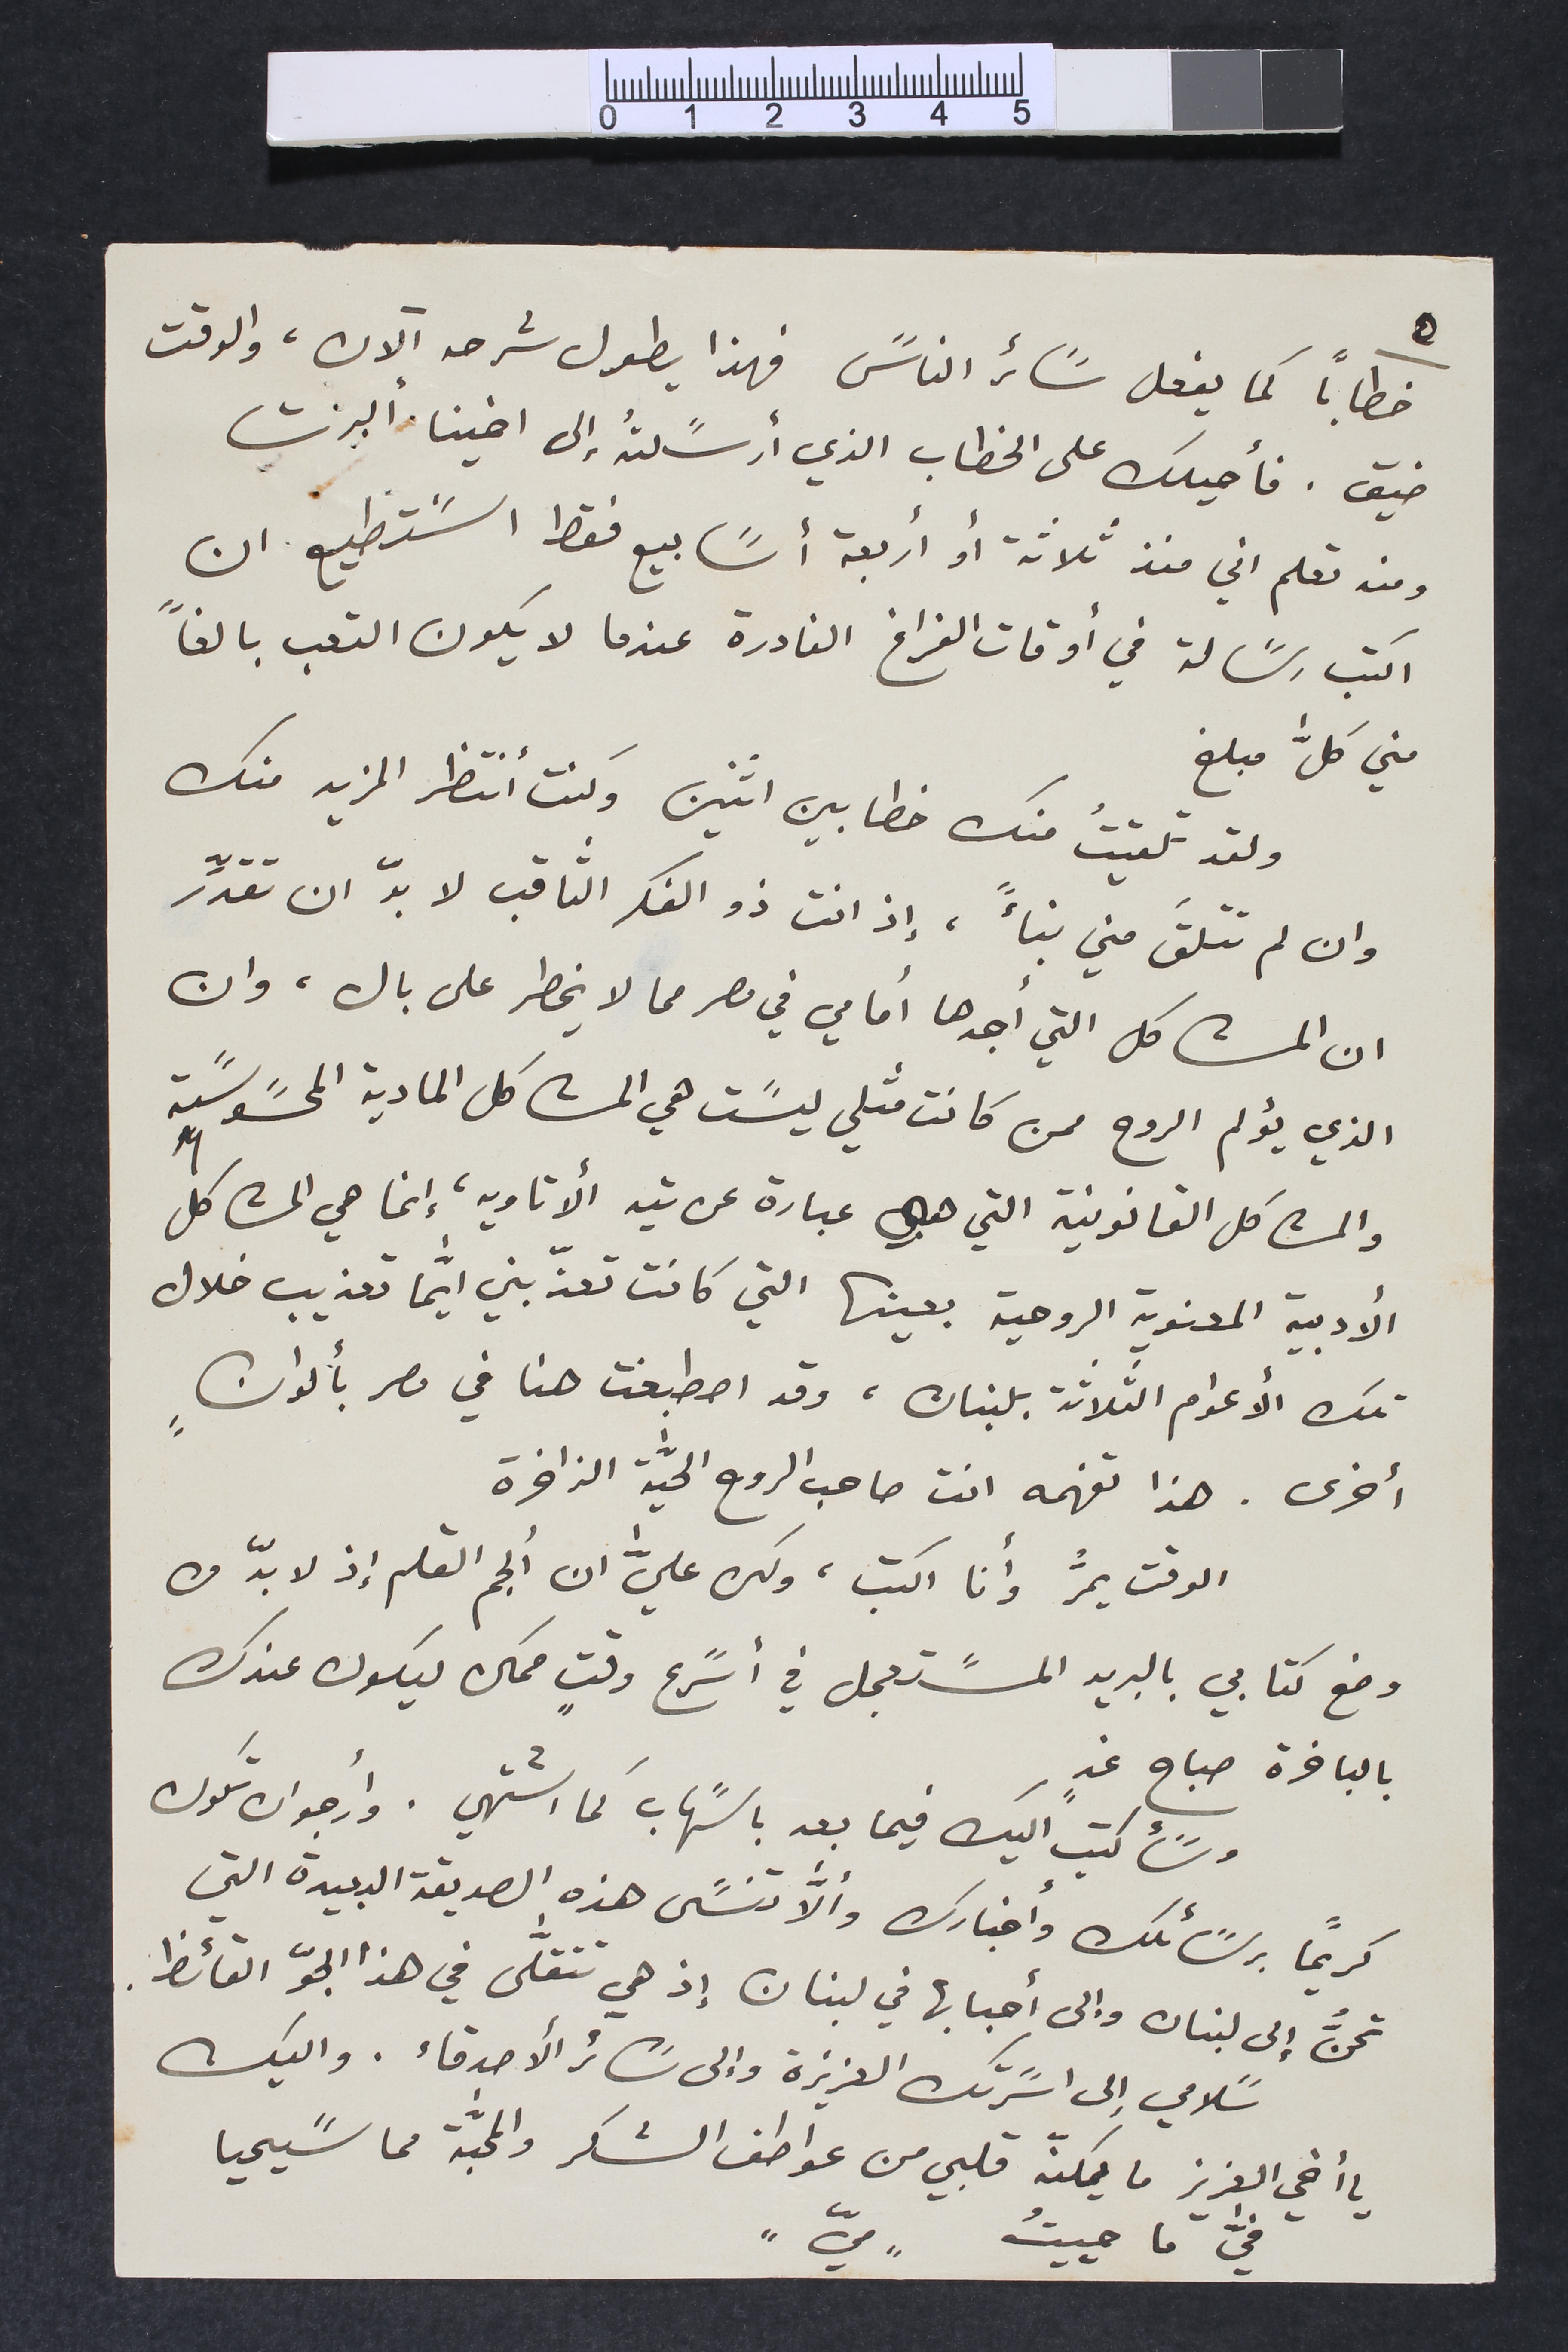
٥
خطاباً كما يفعل سًائر الناسً فهذا يطول شرحه الآن، والوقت
ضيق. فأحيلك على الخطاب الذي أرسًلتُه إلى اخينا ألبرت
ومنه تعلم اني منذ ثلاثة أو أربعة أسًابيع فقط اسًتطيع ان
اكتب رسًالة في أوقات الفراغ النادرة عندما لا يكون التعب بالغاً
مني كلَّ مبلغ
ولقد تلقيتُ منك خطابين اثنين وكنت أنتظر المزيد منك
وان لم تتلقَ مني نبأً، إذ انت ذو الفكر الثاقب لا بدّ ان تقدِّر
ان المشاكل التي أجدها أمامي في مصر مما لا يخطر على بال، وان
الذي يؤلم الروح ممن كانت مثلي ليسًت هي المشاكل المادية المحسًوسًة
والمشاكل القانونية التي هي عبارة عن تيه  ألاتاويه، إنما هي المشاكل
الأدبية المعنوية الروحية بعينها التي كانت تعذبني ايمَّا تعذيب خلال
تلك الأعوام الثلاثة بلبنان، وقد اصطبغت هنا في مصر بألوانٍ
أخرى. هذا تفهمه انت صاحب الروح الحيًّة الزاخرة
الوقت يمرُّ وأنا اكتب، ولكن عليَّ ان ألجم القلم إذ لا بدّ من
وضع كتابي بالبريد المسًتعجل في أسًرع وقتٍ ممكن ليكون عندك
بالباخرة صباح غدٍ
وسًأكتب اليك فيما بعد باسًهاب كما اشتهي. وأرجو ان تكون
كريماً برسًائلك وأخبارك وألاَّ تنسًى هذه الصديقة البعيدة التي
تحنُّ إلى لبنان وإلى أحبابها في لبنان إذ هي تتقلَّى في هذا الجوّ القائظ
سًلامي إلى اسًرتك العزيزة وإلى سَائر الأصدقاء. واليك
يا أخي العزيز ما يمكنّه قلبي من عواطف الشكر والمحبَّة مما سًيحيا
فيَّ ما حييتُ  "ميّ"